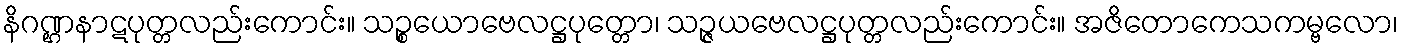
နိဂဏ္ဌနာဋပုတ္တလည်းကောင်း။ သဉ္စယောဗေလဋ္ဌပုတ္တော၊ သဉ္ဇယဗေလဋ္ဌပုတ္တလည်းကောင်း။ အဇိတောကေသကမ္ဗလော၊